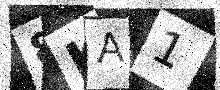
Text: 8KA1